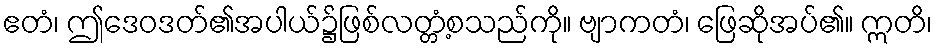
ဧတံ၊ ဤဒေဝဒတ်၏အပါယ်၌ဖြစ်လတ္တံ့စသည်ကို။ ဗျာကတံ၊ ဖြေဆိုအပ်၏။ ဣတိ၊